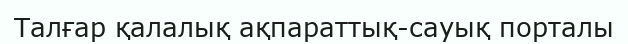
Талғар қалалық ақпараттық-сауық порталы